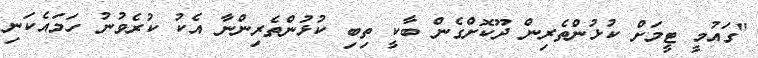
"ގައުމީ ޓީމަށް ކުޅުންތެރިން ދޫކޮށްގެން ބާކީ ތިބި ކުޅުންތެރިންނާ އެކު ކުރެވުނު ހަމައެކަނި